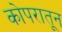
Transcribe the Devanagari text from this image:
कोपरातून